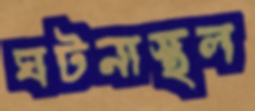
ঘটনাস্থল